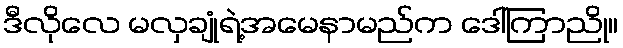
ဒီလိုလေ မလှချုံရဲ့အမေနာမည်က ဒေါ်ကြာညို။